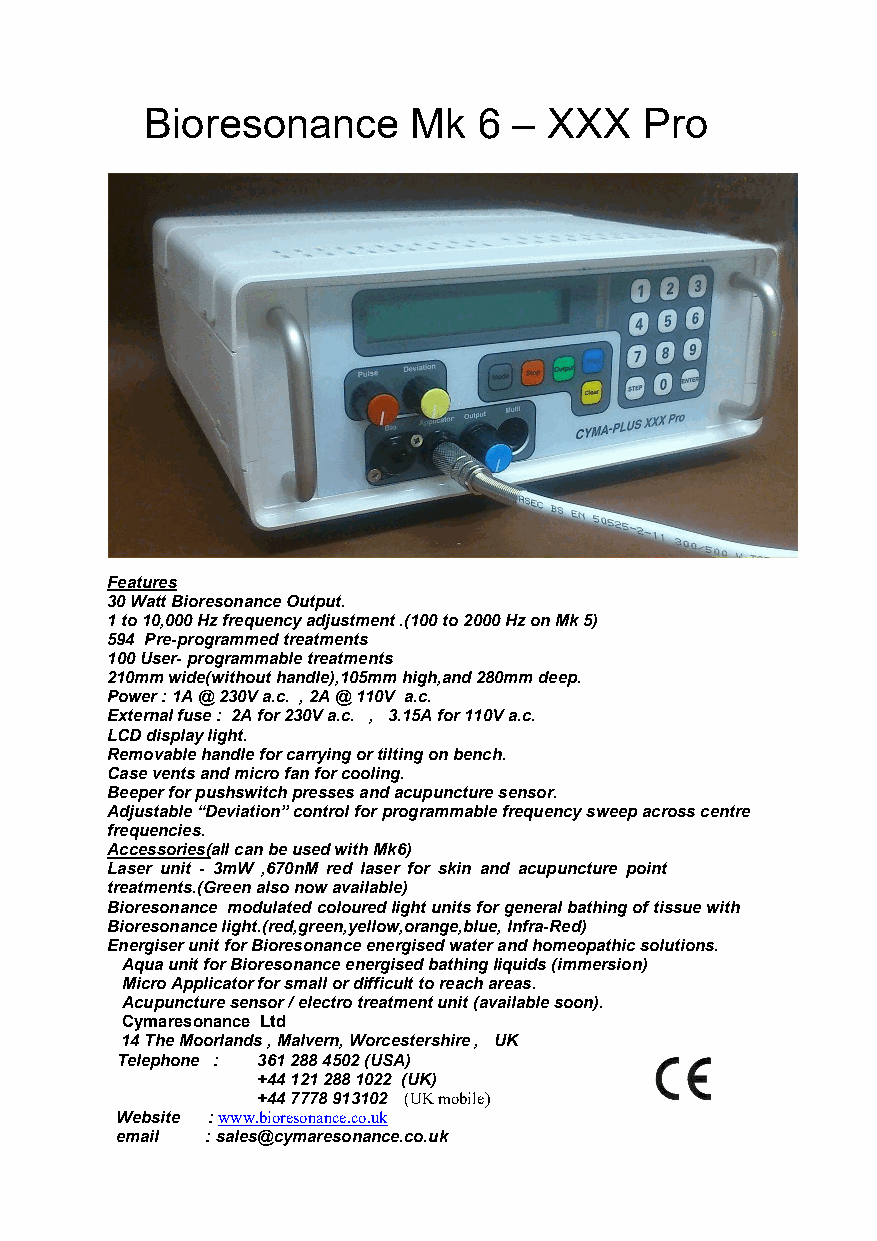
Bioresonance     Mk   6 – XXX    Pro
 Features
 30 Watt Bioresonance Output.
 1 to 10,000 Hz frequency adjustment .(100 to 2000 Hz on Mk 5)
 594 Pre-programmed treatments
 100 User- programmable treatments
 210mm wide(without handle),105mm high,and 280mm deep.
 Power : 1A @ 230V a.c. , 2A @ 110V a.c.
 External fuse : 2A for 230V a.c. , 3.15A for 110V a.c.
 LCD display light.
 Removable handle for carrying or tilting on bench.
 Case vents and micro fan for cooling.
 Beeper for pushswitch presses and acupuncture sensor.
 Adjustable “Deviation” control for programmable frequency sweep across centre
 frequencies.
 Accessories(all can be used with Mk6)
 Laser unit - 3mW ,670nM red laser for skin and acupuncture point
 treatments.(Green also now available)
 Bioresonance modulated coloured light units for general bathing of tissue with
 Bioresonance light.(red,green,yellow,orange,blue, Infra-Red)
 Energiser unit for Bioresonance energised water and homeopathic solutions.
 Aqua unit for Bioresonance energised bathing liquids (immersion)
 Micro Applicator for small or difficult to reach areas.
 Acupuncture sensor / electro treatment unit (available soon).
 Cymaresonance Ltd
 14 The Moorlands , Malvern, Worcestershire , UK
 Telephone : 361 288 4502 (USA)
 +44 121 288 1022 (UK)
 +44 7778 913102 (UK mobile)
 Website :www.bioresonance.co.uk
 email : sales@cymaresonance.co.uk